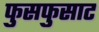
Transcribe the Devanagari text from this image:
फुसफुसाट